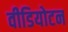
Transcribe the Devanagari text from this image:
वीडियोटन